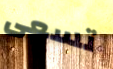
تسعى